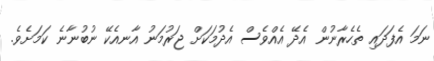
ނަމަ އެފަދައި ތެހެރާނުން އެދޭ އެއްވެސް އެދުމަކަށް ޖަރުމަނު އާނއެކޭ ނުބުނާނެ ކަމަށެވެ.